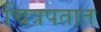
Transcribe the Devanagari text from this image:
चित्रपतात